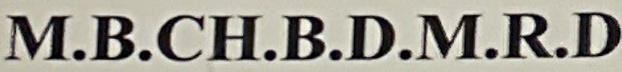
M.B.CH.B.D.M.R.D